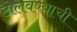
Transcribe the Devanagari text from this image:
टोलवण्याची